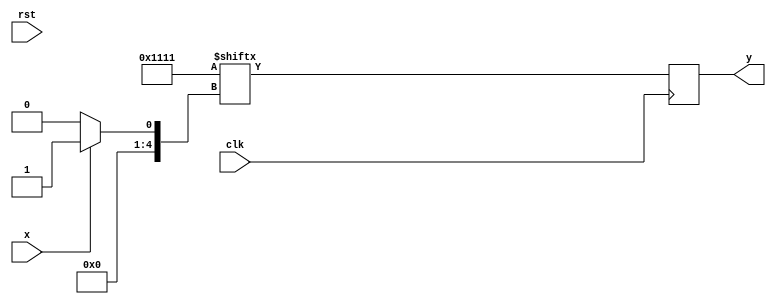
module stanh#(parameter S=32, lgS=5)(y, x, clk, rst);
  input x, clk, rst;
  output reg y;
  
  wire [(S-1):0] states;
  reg [(lgS-1):0] ps;

  integer i;
  
  initial
    ps = 5'b0;
    
  assign 
    states = {16'h0000, 16'h1111};
  
  always@(rst)
    ps = 5'b0;
    
  always@(posedge clk) begin
    if(x==1'b0 && ps>5'b1) ps = ps - 1;
    else if(x==1'b1 && ps<=5'h1f) ps = ps + 1;
    else ps=ps;    
    y = states[ps];
  end
    
endmodule